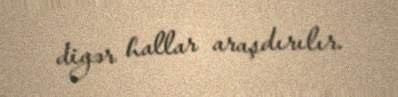
digər hallar araşdırılır.